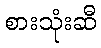
စားသုံးဆီ